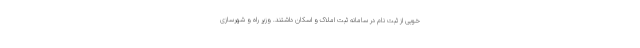
خوبی از ثبت نام در سامانه ثبت املاک و اسکان داشتند. وزیر راه و شهرسازی